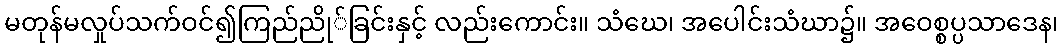
မတုန်မလှုပ်သက်ဝင်၍ကြည်ညို်ခြင်းနှင့် လည်းကောင်း။ သံဃေ၊ အပေါင်းသံဃာ၌။ အဝေစ္စပ္ပသာဒေန၊